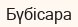
Бүбісара